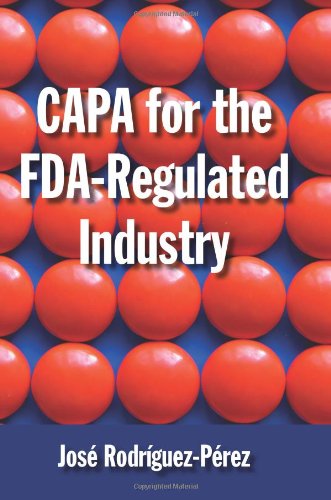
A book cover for CAPA for the FDA-Regulated Industry; JosÃ© RodrÃ­guez-PÃ©rez; Business & Money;